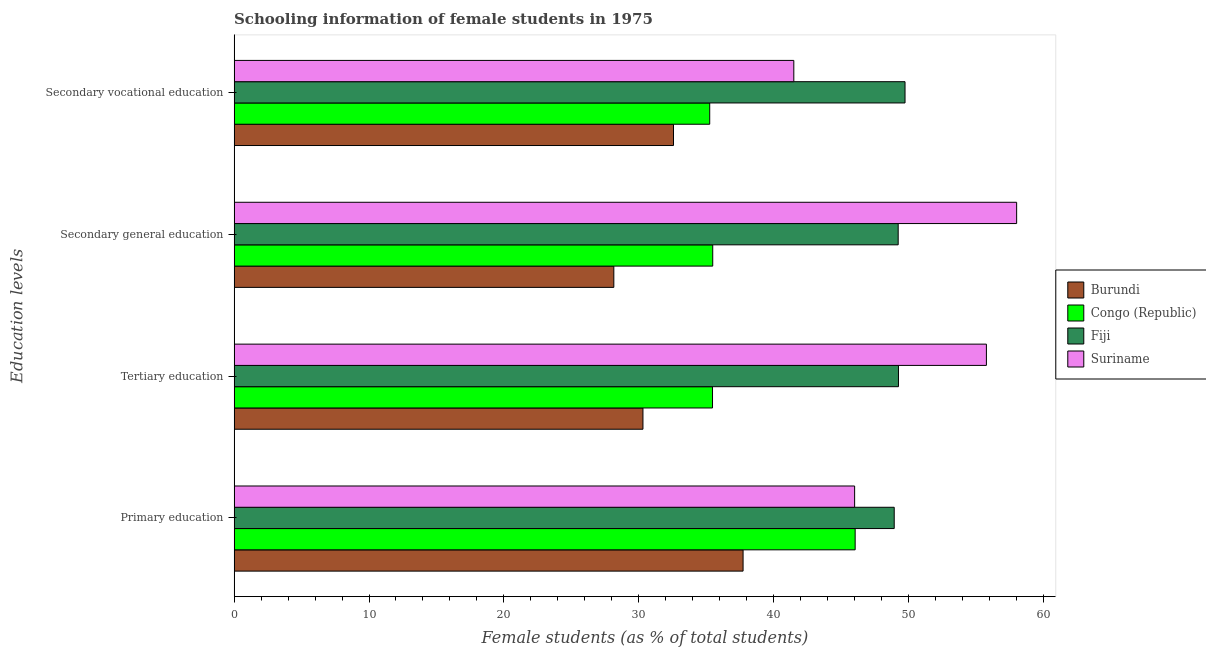
| Education levels | Burundi | Congo (Republic) | Fiji | Suriname |
 | --- | --- | --- | --- | --- |
 | Primary education | 37.7 | 46 | 48.9 | 46 |
 | Tertiary education | 30.3 | 35.5 | 49.3 | 55.8 |
 | Secondary general education | 28.1 | 35.5 | 49.2 | 58 |
 | Secondary vocational education | 32.6 | 35.3 | 49.7 | 41.5 |